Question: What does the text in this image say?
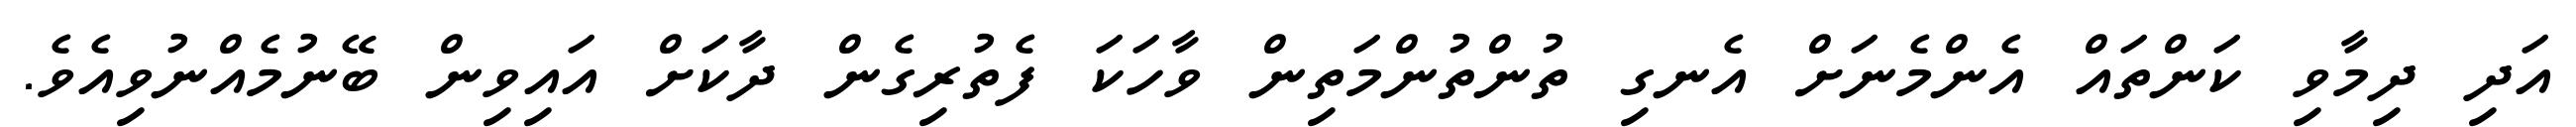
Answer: އަދި ދިމާވި ކަންތައް އެންމެނަށް އެނގި ތުންތުންމަތިން ވާހަކަ ފެތުރިގެން ދާކަށް އައިވިން ބޭނުމެއްނުވިއެވެ.